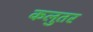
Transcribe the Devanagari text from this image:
कलुतर